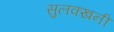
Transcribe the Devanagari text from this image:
सुलक्खनी